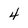
Character: 4